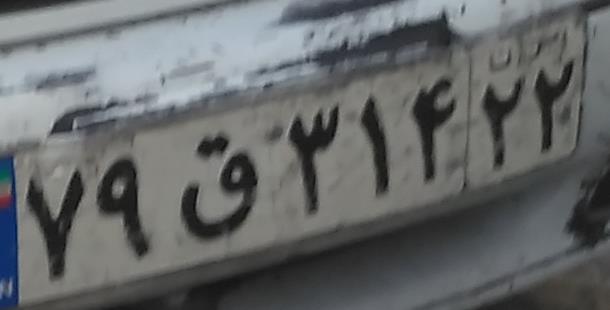
۷۹ق۳۱۴۲۲